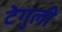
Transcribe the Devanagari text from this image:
टेगुली